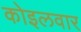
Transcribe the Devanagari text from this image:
कोइलवार